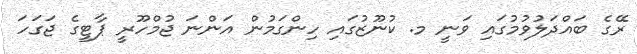
ރޭގެ ބައްދަލުވުމުގައި ވަނީ މ. ކުނޫޒުގައި ހިންގަމުން އަންނަ ޖުމްހޫރީ ޕާޓީގެ ޖަގަހަ